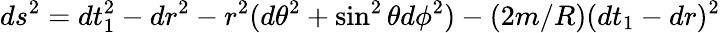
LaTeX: ds^{2}=dt_{1}^{2}-dr^{2}-r^{2}(d\theta^{2}+\sin^{2}\theta d\phi^{2})-(2m/R)(dt_{1}-dr)^{2}